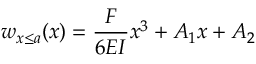
w _ { x \leq a } ( x ) = \frac { F } { 6 E I } x ^ { 3 } + A _ { 1 } x + A _ { 2 }